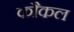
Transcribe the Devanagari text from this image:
कौकल